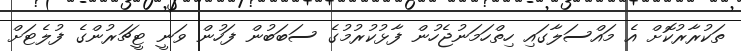
ތަކުރާރުކޮށް އެ މައްސަލާގައި ހިތްހަމަނުޖެހުން ފާޅުކުރުމުގެ ސަބަބުން ފަހުން ވަނީ ޓީޗަރުންގެ ފުލެޓަށް